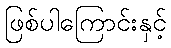
ဖြစ်ပါကြောင်းနှင့်